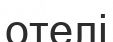
отелі